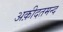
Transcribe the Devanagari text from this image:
अक़ीदतमन्द